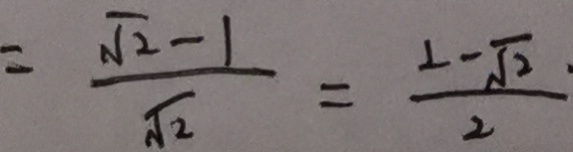
= \frac { \sqrt { 2 } - 1 } { \sqrt { 2 } } = \frac { 2 - \sqrt { 2 } . } { 2 }